Vaccination in Bombay 1869-1873 - 1869-1873
Year: 1869
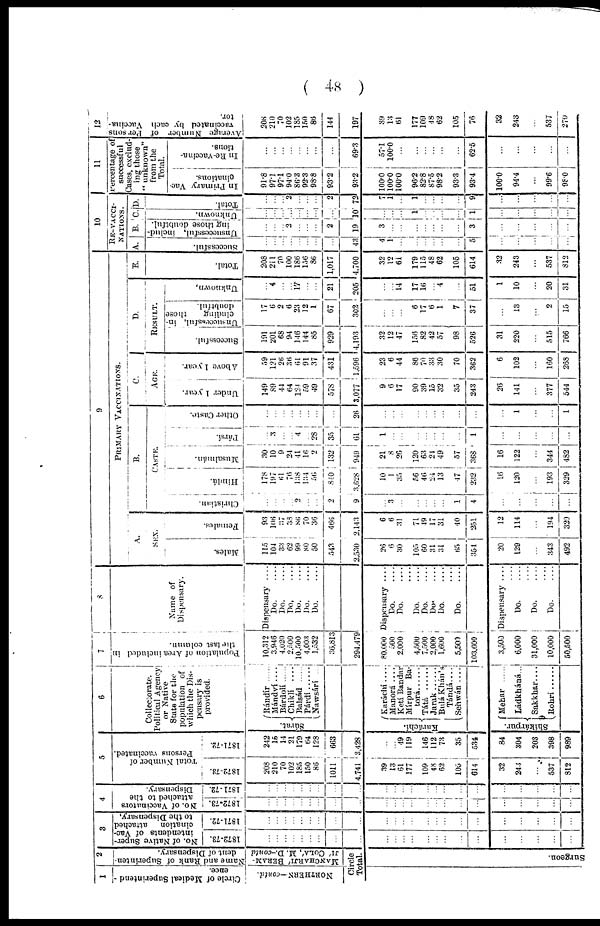
( 48 )
1
Circle of Medical Superintend-
ence.
NORTHERN— contd.
2
Name and Rank of Superinten-
dent of Dispensary.
MANCHARJÍ BERAM-
JÍ COLÁ, M. D.-contd
Circle
Total.
Surgeon.
3
No. of Native Super-
intendents of Vac-
cination attached
to the Dispensary.
1872-73.
...
...
...
...
...
...
...
...
...
...
...
...
...
...
...
...
...
...
...
...
...
...
...
1871-72.
...
...
...
...
...
...
...
...
...
...
...
...
...
...
...
...
...
...
...
...
...
...
...
4
No. of Vaccinators
attached to the
Dispensary.
1872-73.
...
...
...
...
...
...
...
...
...
...
...
...
...
...
...
...
...
...
...
...
...
...
...
1871-72.
...
...
...
...
...
...
...
...
...
...
...
...
...
...
...
...
...
...
...
...
...
...
...
5
Total Number of
Persons vaccinated.
1872-73.
208
210
70
102
185
150
86
1011
4,741
39
13
61
177
109
48
62
105
614
32
243
...
537
812
1871-72.
242
15
14
21
179
64
128
663
3,428
...
... 49
119
146
112
73
35
534
84
304
203
398
989
6
Collectorate,
Political Agency
or Native
State for the
population of
which the Dis-
pensary is
provided.
Súrat.
Karáchí.
Shikárpur.
Rándír
Mándví ....
Bárdolí
Chiklí
....
Balsád ....
Párdí
....
Nawsárí ...
Karáchí ....
Manorá ....
Ketí Bandar
Mírpur Ba-
torá ...
Tátá ......
Jarak
Bulá Khán's
Tándá ....
Sehwán ....
Mehar ......
Ládkháná...
Sakkhar ....
Rohrí ......
7
Population of Area included in
the last column.
10,312
3,946
4,020
2,500
10,500
4,003
1,532
36,813
294,479
80,000
500
2,000
4,500
7,500
2,000
1,600
5,500
103,600
3,500
6,000
31,000
10,000
50,500
8
Name of
Dispensary.
Dispensary
....
Do. ....
Do. ....
Do. ....
Do. ....
Do. ....
Do. ....
Dispensary ....
Do. ....
Do. ....
Do.
....
Do. ....
Do. ....
Do. ....
Do. ....
Dispensary
....
Do. ....
Do. ....
Do. ....
9
PRIMARY VACCINATIONS.
A.
SEX.
Males.
115
104
33
62
99
80
50
543
2,530
26
6
30
105
60
31
31
65
354
20
129
...
343
492
Females.
93
106
37
38
86
70
36
466
2,143
6
6
31
71
49
17
31
40
251
12
114
...
194
320
B.
CASTE.
Christian.
...
...
...
... 2
...
...
2
9
...
3
...
...
...
...
...
1
4
...
...
...
...
...
Hindú.
178
197
61
76
138
134
56
840
3,628
10
1
35
56
46
24
13
47
232
16
120
...
193
329
Musalmán.
30
10
9
24
41
16
2
132
949
21
8
26
120
63
24
49
57
368
16
122
...
344
482
Pársí.
...
3
...
... 4
...
28
35
61
1
... ...
...
...
...
...
...
1
...
...
...
...
...
Other Caste.
...
...
...
... ...
... ...
...
26
...
...
...
...
...
...
...
...
...
...
1
...
...
1
C.
AGE.
Under 1 year.
149
89
44
64
124
59
49
578
3,077
9
6
17
90
39
15
32
35
243
26
141
...
377
544
Above 1 year.
59
121
26
36
61
91
37
431
1,596
23
6
44
86
70
33
30
70
362
6
102
...
160
268
D.
RESULT.
Successful.
191
201
68
94
146
144
85
929
4,193
32
12
47
156
82
42
57
98
526
31
220
...
515
766
Unsuccessful, in-
cluding those
doubtful.
17
6
2
6
23
12
1
67
302
...
...
...
8
17
6
1
7
37
...
13
...
2
15
Unknown.
...
4
...
... 17
...
...
21
205
...
... 14
17
16
... 4
...
51
1
10
...
20
31
E.
Total.
208
211
70
100
186
156
86
1,017
4,700
32
12
61
179
115
48
62
105
614
32
243
...
537
812
10
RE-VACCI-
-------.
A.
Successful.
...
...
...
...
...
...
...
...
43
4
1
...
...
...
...
...
...
5
...
...
...
...
...
B.
Unsuccessful, includ-
ing those doubtful.
...
...
... 2
...
...
...
2
19
3
...
...
...
...
...
...
...
3
...
...
...
...
...
C.
Unknown.
...
...
...
...
...
...
...
...
10
...
...
...
1
...
...
...
...
1
...
...
...
...
...
D.
Total.
...
...
... 2
...
...
...
2
72
7
1
...
1
...
...
...
...
9
...
...
...
...
...
11
Percentage of
successful
Cases, exclud-
ing those
" unknown"
from the
Total.
In Primary Vac-
cinations.
91.8
97.1
97.1
94.0
86.3
92.3
98.8
93.2
93.2
100.0
100.0
100.0
96.2
82.8
87.5
98.2
93.3
93.4
100.0
94.4
...
99.6
98.0
In Re-vaccina-
tions.
...
...
...
...
...
...
...
...
69.3
57.1
100.0
...
...
...
...
...
...
62.5
...
...
...
...
...
12
Average Number of Persons
vaccinated by each Vaccina-
tor.
208
210
70
102
185
150
86
144
197
39
13
61
177
109
48
62
105
76
32
243
...
537
270